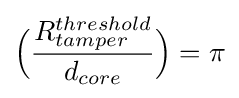
{\Bigl (}{\frac {R_{tamper}^{threshold}}{d_{core}}}{\Bigr )}=\pi